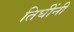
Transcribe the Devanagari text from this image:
तिघींनी